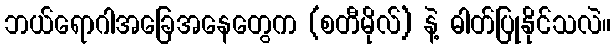
ဘယ်ရောဂါအခြေအနေတွေက (စတီမိုလ်) နဲ့ ဓါတ်ပြုနိုင်သလဲ။